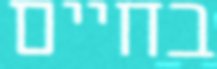
בחיים